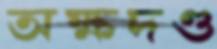
অক্ষদণ্ড